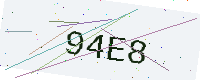
Text: 94E8